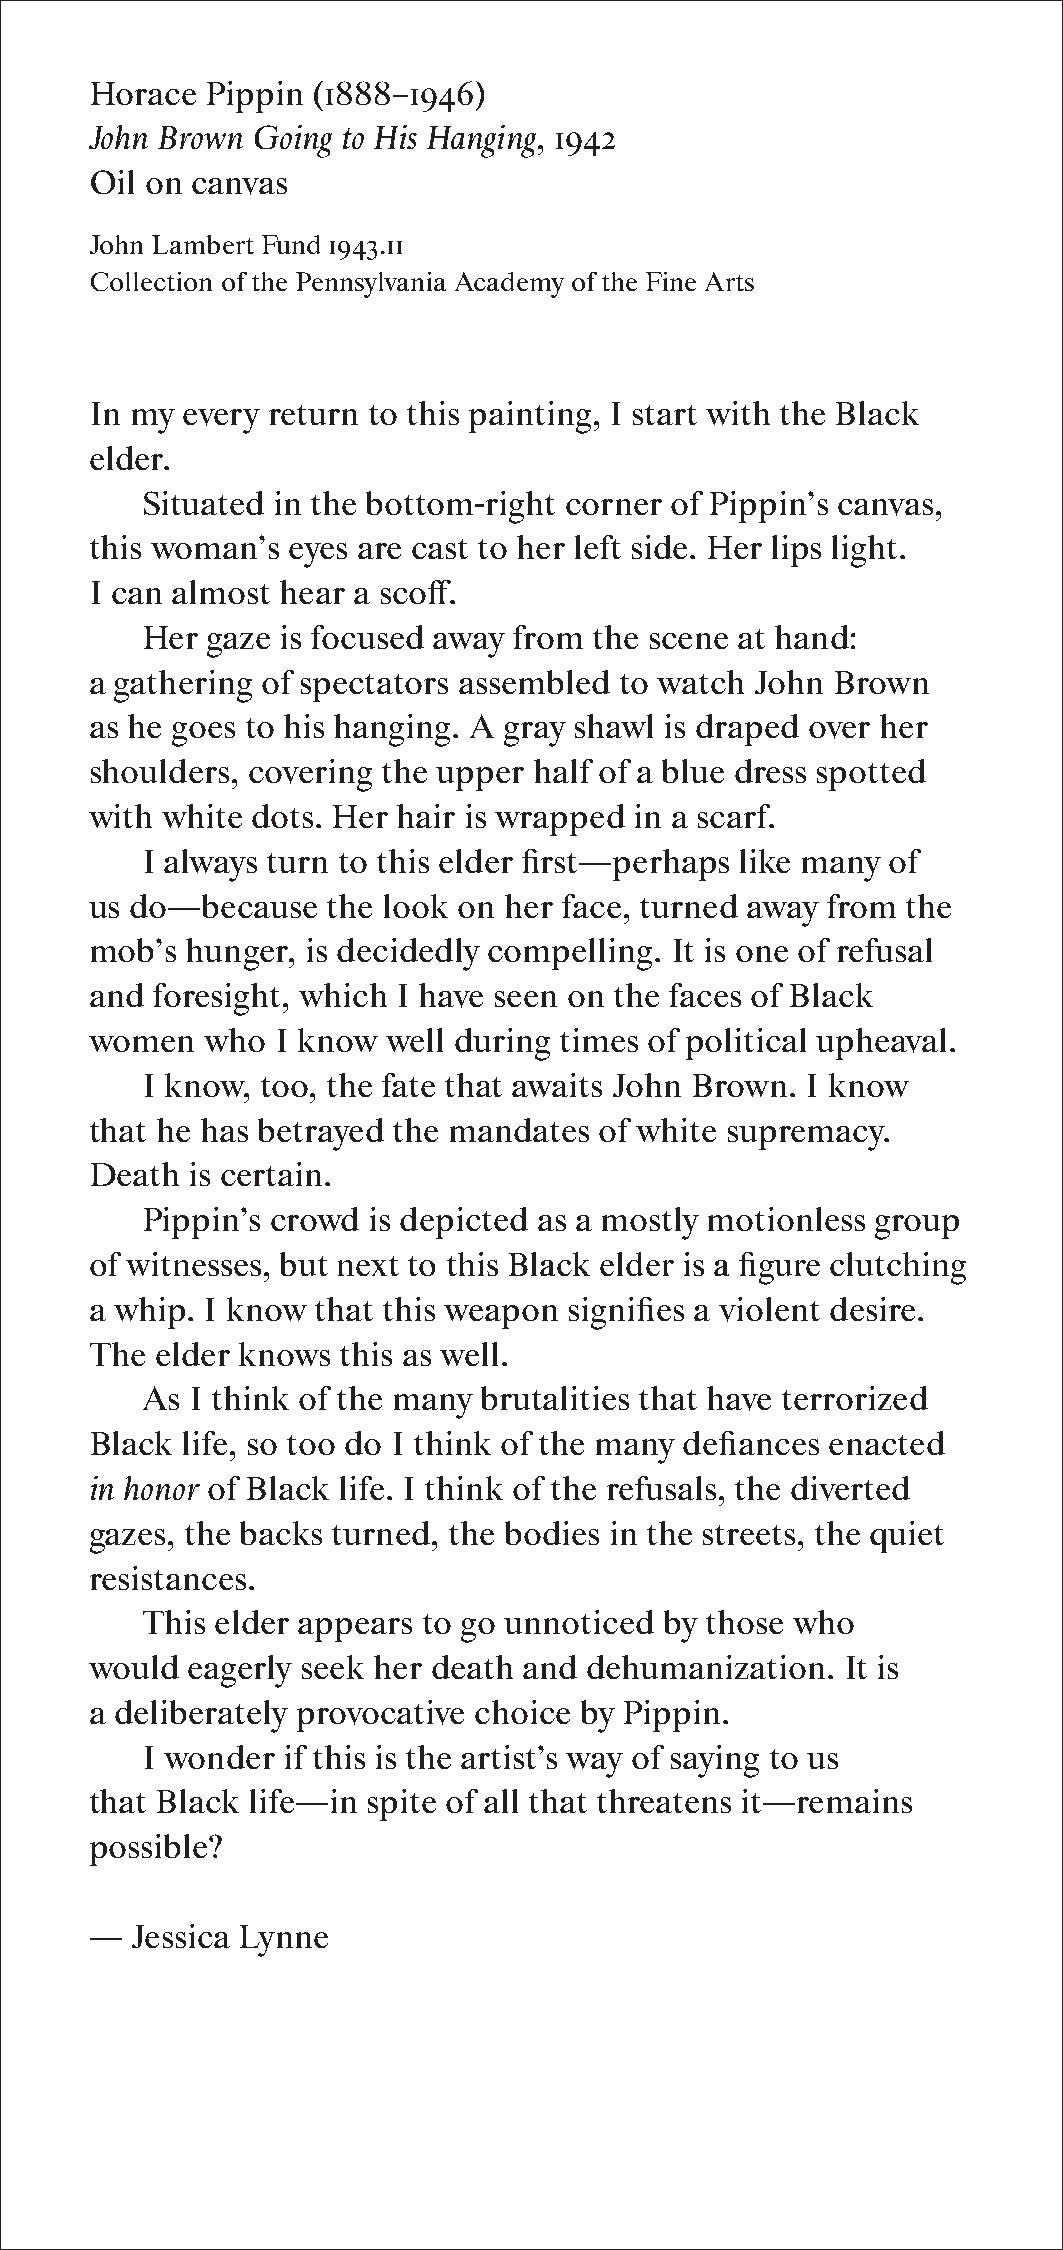
Horace  Pippin (1888–1946)
 John Brown Going to His Hanging, 1942
 Oil on canvas
 John Lambert Fund 1943.11
 Collection of the Pennsylvania Academy of the Fine Arts
 In my every return to this painting, I start with the Black
 elder.
 Situated in the bottom-right corner of Pippin’s canvas,
 this woman’s eyes are cast to her left side. Her lips light.
 I can almost hear a scoff.
 Her  gaze is focused away from the scene at hand:
 a gathering of spectators assembled to watch John Brown
 as he goes to his hanging. A gray shawl is draped over her
 shoulders, covering the upper half of a blue dress spotted
 with white dots. Her hair is wrapped in a scarf.
 I always turn to this elder first—perhaps like many of
 us do—because   the look on her face, turned away from the
 mob’s hunger, is decidedly compelling. It is one of refusal
 and foresight, which I have seen on the faces of Black
 women   who I know  well during times of political upheaval.
 I know, too, the fate that awaits John Brown. I know
 that he has betrayed the mandates of white supremacy.
 Death is certain.
 Pippin’s crowd is depicted as a mostly motionless group
 of witnesses, but next to this Black elder is a figure clutching
 a whip. I know that this weapon signifies a violent desire.
 The elder knows  this as well.
 As  I think of the many brutalities that have terrorized
 Black life, so too do I think of the many defiances enacted
 in honor of Black life. I think of the refusals, the diverted
 gazes, the backs turned, the bodies in the streets, the quiet
 resistances.
 This elder appears to go unnoticed by those who
 would eagerly seek her death and dehumanization.  It is
 a deliberately provocative choice by Pippin.
 I wonder  if this is the artist’s way of saying to us
 that Black life—in spite of all that threatens it—remains
 possible?
 —  Jessica Lynne